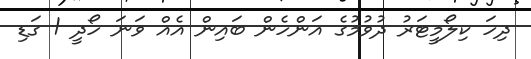
ދިހަ ކިލޯމީޓަރު ދުވުމުގެ އަންހެން ބައިން އެއް ވަނަ ހޯދީ 1 ގަޑި